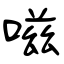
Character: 嗞